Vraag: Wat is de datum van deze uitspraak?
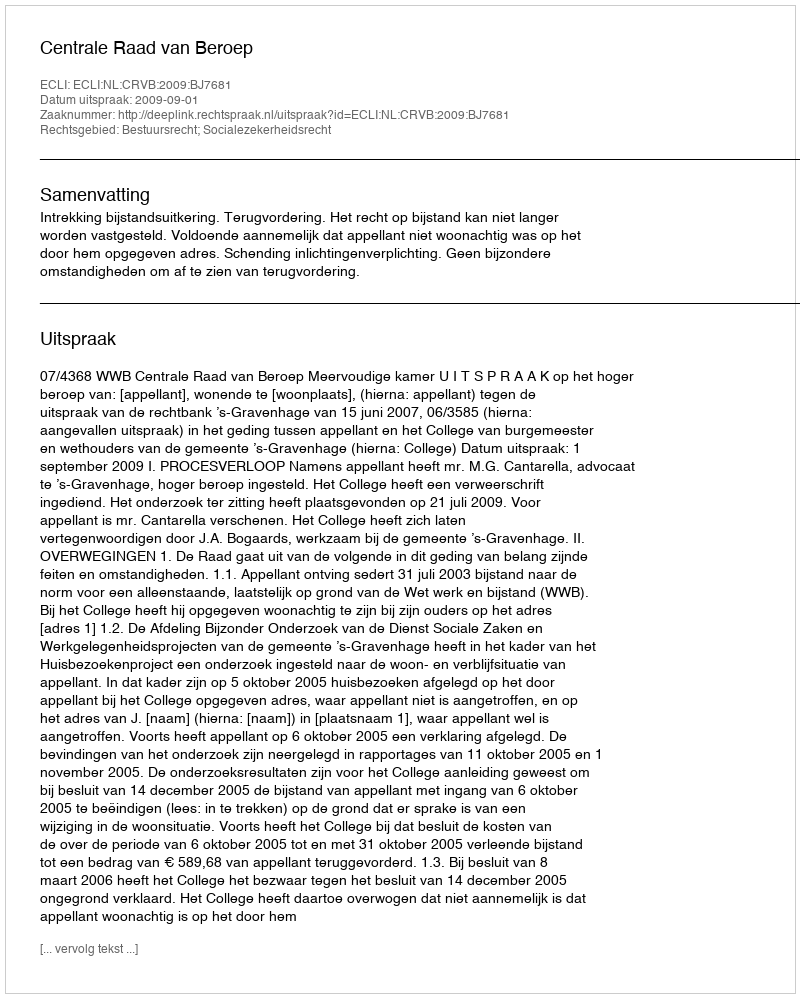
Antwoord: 2009-09-01